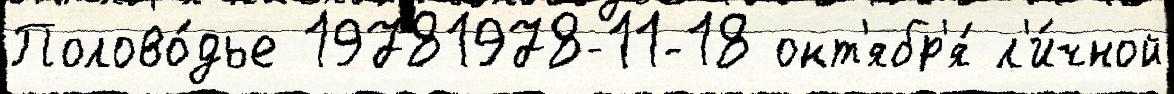
Полово́дье 19781978-11-18 окт'ябр'я́ л'и́чной